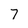
Character: 7